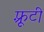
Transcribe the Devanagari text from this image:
फ़्रूटी